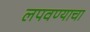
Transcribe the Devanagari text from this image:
लपवण्याचा